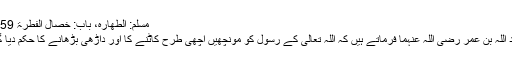
مسلم: الطھارہ، باب: خصال الفطرۃ 259)
عبد اللہ بن عمر رضی اللہ عنہما فرماتے ہیں کہ اللہ تعالیٰ کے رسول کو مونچھیں اچھی طرح کاٹنے کا اور داڑھی بڑھانے کا حکم دیا گیا۔